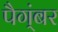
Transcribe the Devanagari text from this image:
पैग्ंबर